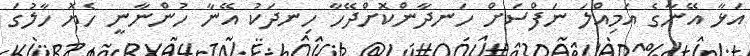
އަޅާ އޭނާގެ އަމިއްލަ ނަފްސަށް ހަނދާންކޮށްދޭހާ ހިނދަކު އޭނާ ހުންނާނީ ހެޔޮ ހާލުގަ